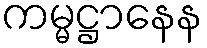
ကမ္မဋ္ဌာနေန